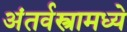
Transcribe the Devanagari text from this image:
अंतर्वस्त्रामध्ये